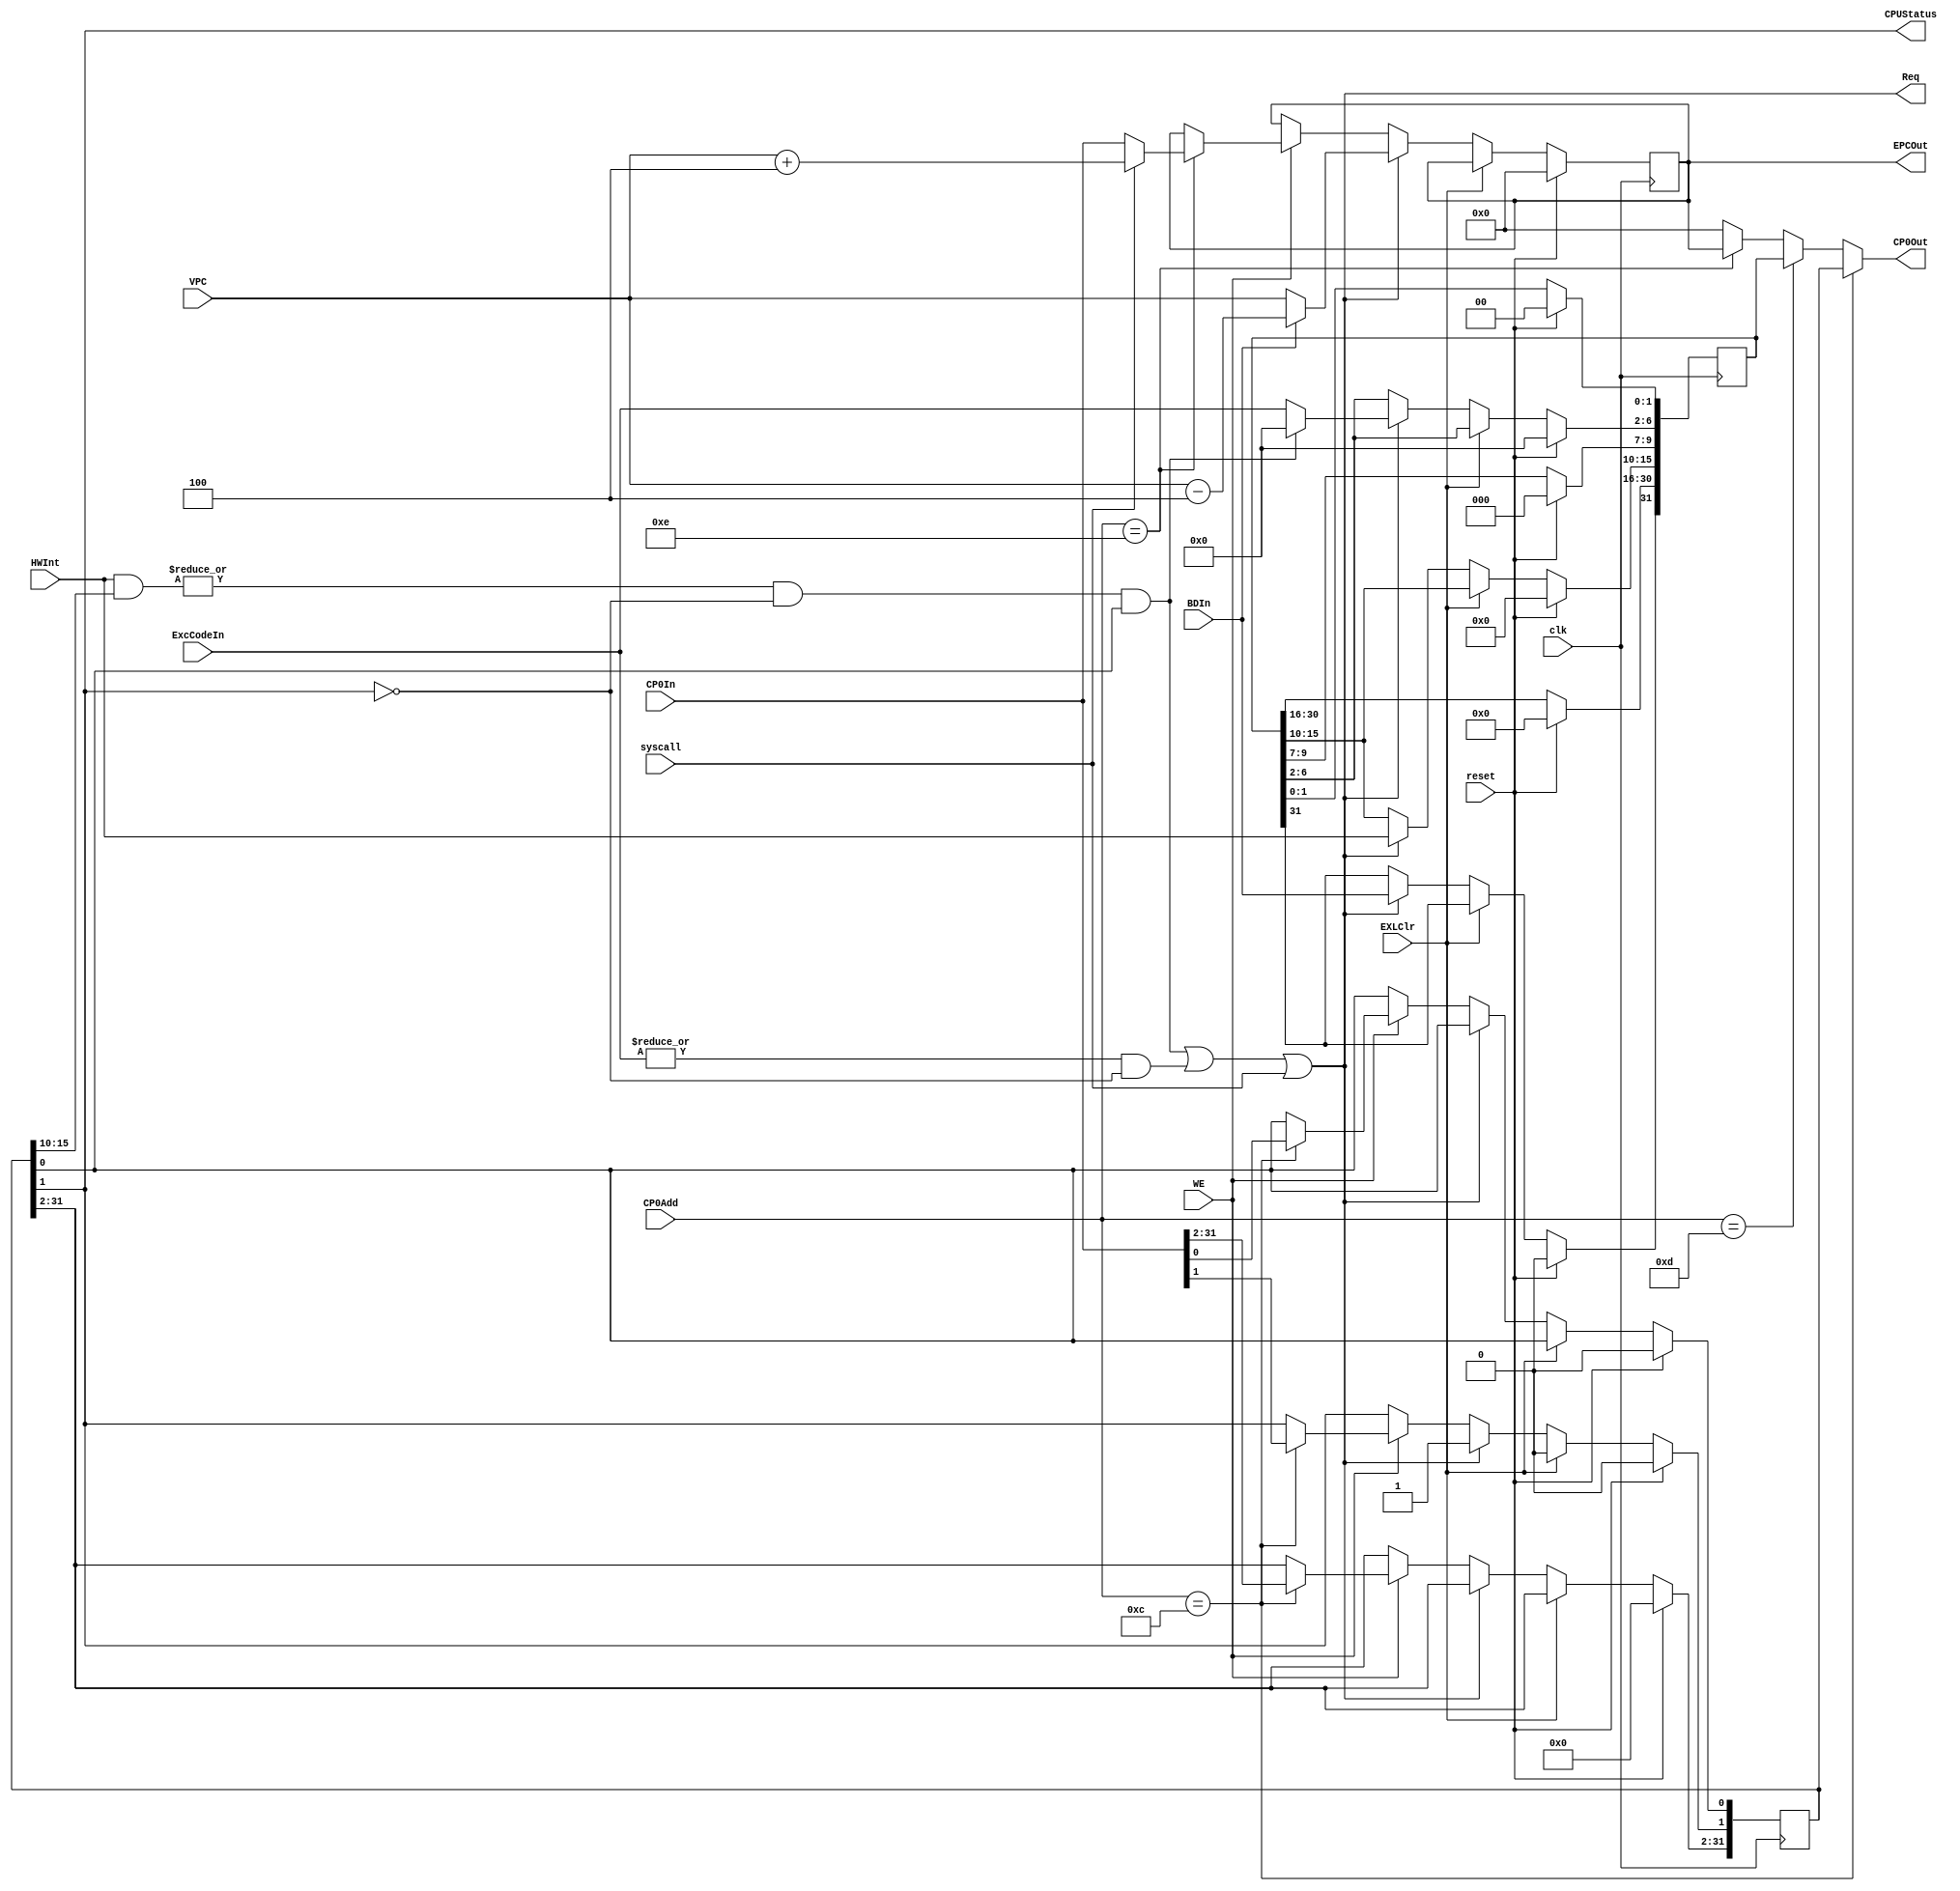
`timescale 1ns / 1ps

`define IM SR[15:10]    // Interrupt Mask
`define EXL SR[1]       // Exception Level
`define IE SR[0]        // Interrupt Enable
`define BD Cause[31]    // Branch Delay
`define IP Cause[15:10] // Interrupt Pending
`define ExcCode Cause[6:2]

module CP0(
    input clk,
    input reset,
    input WE,
    input [4:0] CP0Add,     // CP0 reg addr
    input [31:0] CP0In,     // CP0 reg write data
    output [31:0] CP0Out,   // CP0 reg out data
    input [31:0] VPC,       // victim PC
    input BDIn,             // Branch Delay Instrction
    input [4:0] ExcCodeIn,
    input [5:0] HWInt,
    input EXLClr,
    input syscall,
    output [31:0] EPCOut,
    output Req,
    output CPUStatus
);
//----------------------
    reg [31:0] SR;
    reg [31:0] Cause;       //
    reg [31:0] EPC;      // PC
//----------------------
    //debug
    wire [5:0] IM = SR[15:10];
    wire EXL = SR[1];       // Exception Level
    wire IE = SR[0];        // Interrupt Enable
    wire BD = Cause[31];    // Branch Delay
    wire [5:0] IP = Cause[15:10]; // Interrupt Pending
    wire [4:0] ExcCode = Cause[6:2];
//----------------------
    assign CPUStatus = `EXL;

    wire IntReq = (|(HWInt & `IM)) & ~`EXL & `IE;
    wire ExcReq = (|ExcCodeIn) & ~`EXL;
    assign Req  = IntReq | ExcReq | syscall;


    wire [31:0] EPC_ =  (Req) ? (BDIn ? VPC-4 : VPC) : EPC;

    assign EPCOut = EPC;

    assign CP0Out = (CP0Add==12) ? SR       :
                    (CP0Add==13) ? Cause    :
                    (CP0Add==14) ? EPCOut   :
                    0;

    always @(posedge clk) begin
        if(reset)begin
            SR <= 0;
            Cause <= 0;
            EPC <= 0;
        end else begin
            if(EXLClr) begin 
                `EXL <= 0;
            end else if(Req)begin
                `ExcCode <= IntReq ? 0 : ExcCodeIn;
                `IP <= HWInt;
                `EXL <= 1;
                EPC <= EPC_;
                `BD <= BDIn;
            end else if(WE)begin
                case(CP0Add)
                    12: SR <= CP0In;
                    14: EPC <= (syscall) ? VPC+4 : CP0In;
                endcase
            end
            
        end
    end



endmodule